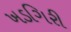
ખડગિરી